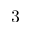
3